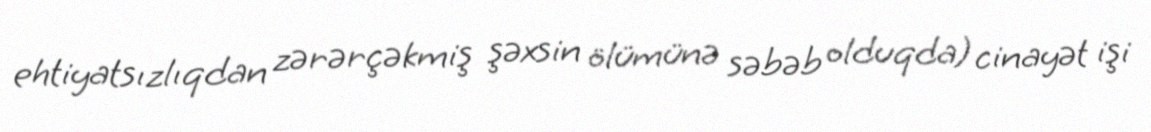
ehtiyatsızlıqdan zərərçəkmiş şəxsin ölümünə səbəb olduqda) cinayət işi